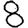
Digit: 8